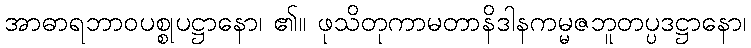
အာဓာရဘာဝပစ္စုပဋ္ဌာနော၊ ၏။ ဖုသိတုကာမတာနိဒါနကမ္မဇဘူတပ္ပဒဋ္ဌာနော၊